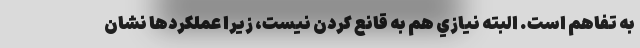
به تفاهم است. البته نيازي هم به قانع كردن نيست، زيرا عملكردها نشان